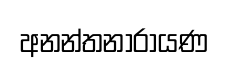
අනන්තනාරායණ